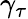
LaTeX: \gamma_{\tau}